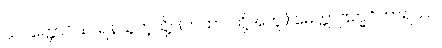
သပတ္တောဝိယ၊ ရန်သူကဲ့သို့။ (တထာ၊ ထို့အတူ၊) မေတ္တာဗြဟ္မဝိဟာရဿ၊